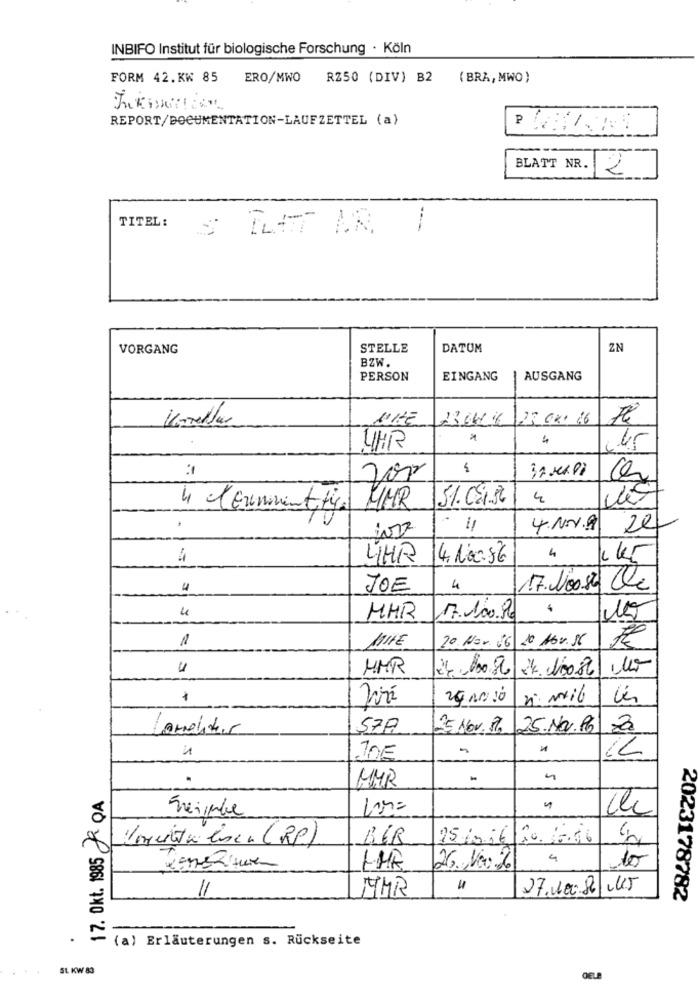
INBIFO Institut für biologische Forschung · Köln
FORM 42.KW 85
ERO/MWO
RZ50 (DIV) B2 (BRA, MWO)
REPORT/DOCUMENTATION-LAUFZETTEL (a)
BLATT NR.
12
TITEL :
THAT VR.
VORGANG
STELLE
DATUM
ZN
BZW.
PERSON
EINGANG
AUSGANG
23 04/ 16
UHR
51.09.56
4
4 clEnmoment tice
MMR
4.NOV.19
20
4HR
14.100.86
4
kr
JOE
4
17. Nos.si Cle
MHR
17.100.80
1
MiFE
20 Nov. 06 10 Abr.16
u
MMR
24/10/10
Lameister
57P
25 Nov. 17. 25.Nov.96
TOE
UMR
-
17. Okt. 1985 R QA
-
Initalisen (RP)
BER
15006/20 10.96
4
1HR
1
MMR
27.10.82 KJ
2023178782
(a) Erläuterungen s. Rückseite
SL KW 83
GELE